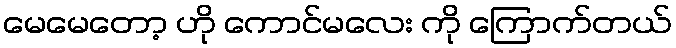
မေမေတော့ ဟို ကောင်မလေး ကို ကြောက်တယ်